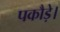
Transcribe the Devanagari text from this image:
पकौड़े।